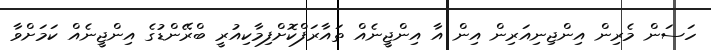
ހަސަން މެރިން އިންޖިނިއަރިން އިން އާ އިންޖީނެއް ތައާރަފްކޮށްފިމާކިއުރީ ބްރޭންޑުގެ އިންޖީނެއް ކަމަށްވާ